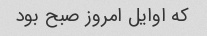
که اوایل امروز صبح بود